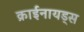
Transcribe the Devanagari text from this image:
क्राईनायड्स